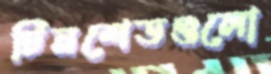
টিনশেডগুলো